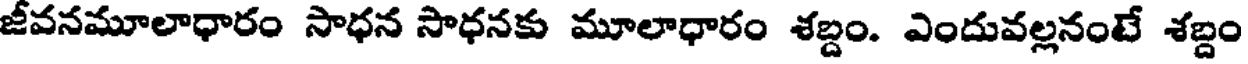
జీవనమూలాధారం సాధన సాధనకు మూలాధారం శబ్దం. ఎందువల్లనంటే శబ్దం